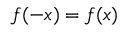
f ( - x ) = f ( x )